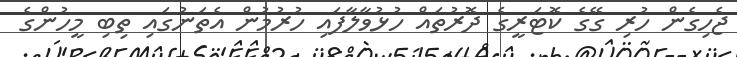
ޖެހިގެން ހުރި ގޭގެ ކޮޓަރީގެ ދޮރުތައް ހުޅުވާލާފައި ހުރުމުން އެތަނުގައި ތިބި މީހުންގެ